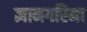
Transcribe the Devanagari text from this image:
ज्ञानगरिमा